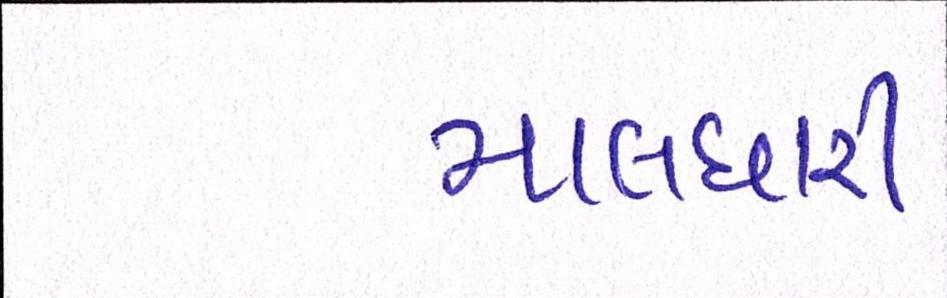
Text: માલધારી